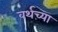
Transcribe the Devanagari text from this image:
वर्थच्या